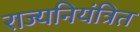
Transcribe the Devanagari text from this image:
राज्यनियंत्रित